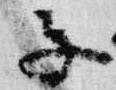
子